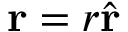
\mathbf { r } = r { \hat { \mathbf { r } } }